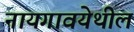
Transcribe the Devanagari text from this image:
नायगावयेथील